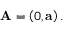
\mathbf { A } = \left( 0 , \mathbf { a } \right) .